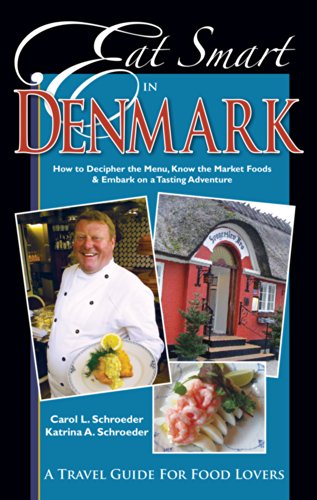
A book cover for Eat Smart in Denmark: How to Decipher the Menu, Know the Market Foods & Embark on a Tasting Adventure; Carol L. Schroeder; Travel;